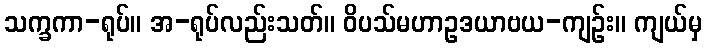
သက္ခကာ-ရုပ်။ အ-ရုပ်လည်းသတ်။ ဝိပသ်မဟာဥဒယာဗယ-ကျဉ်း။ ကျယ်မှ